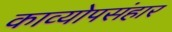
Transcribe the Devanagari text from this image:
काव्योपसंहार